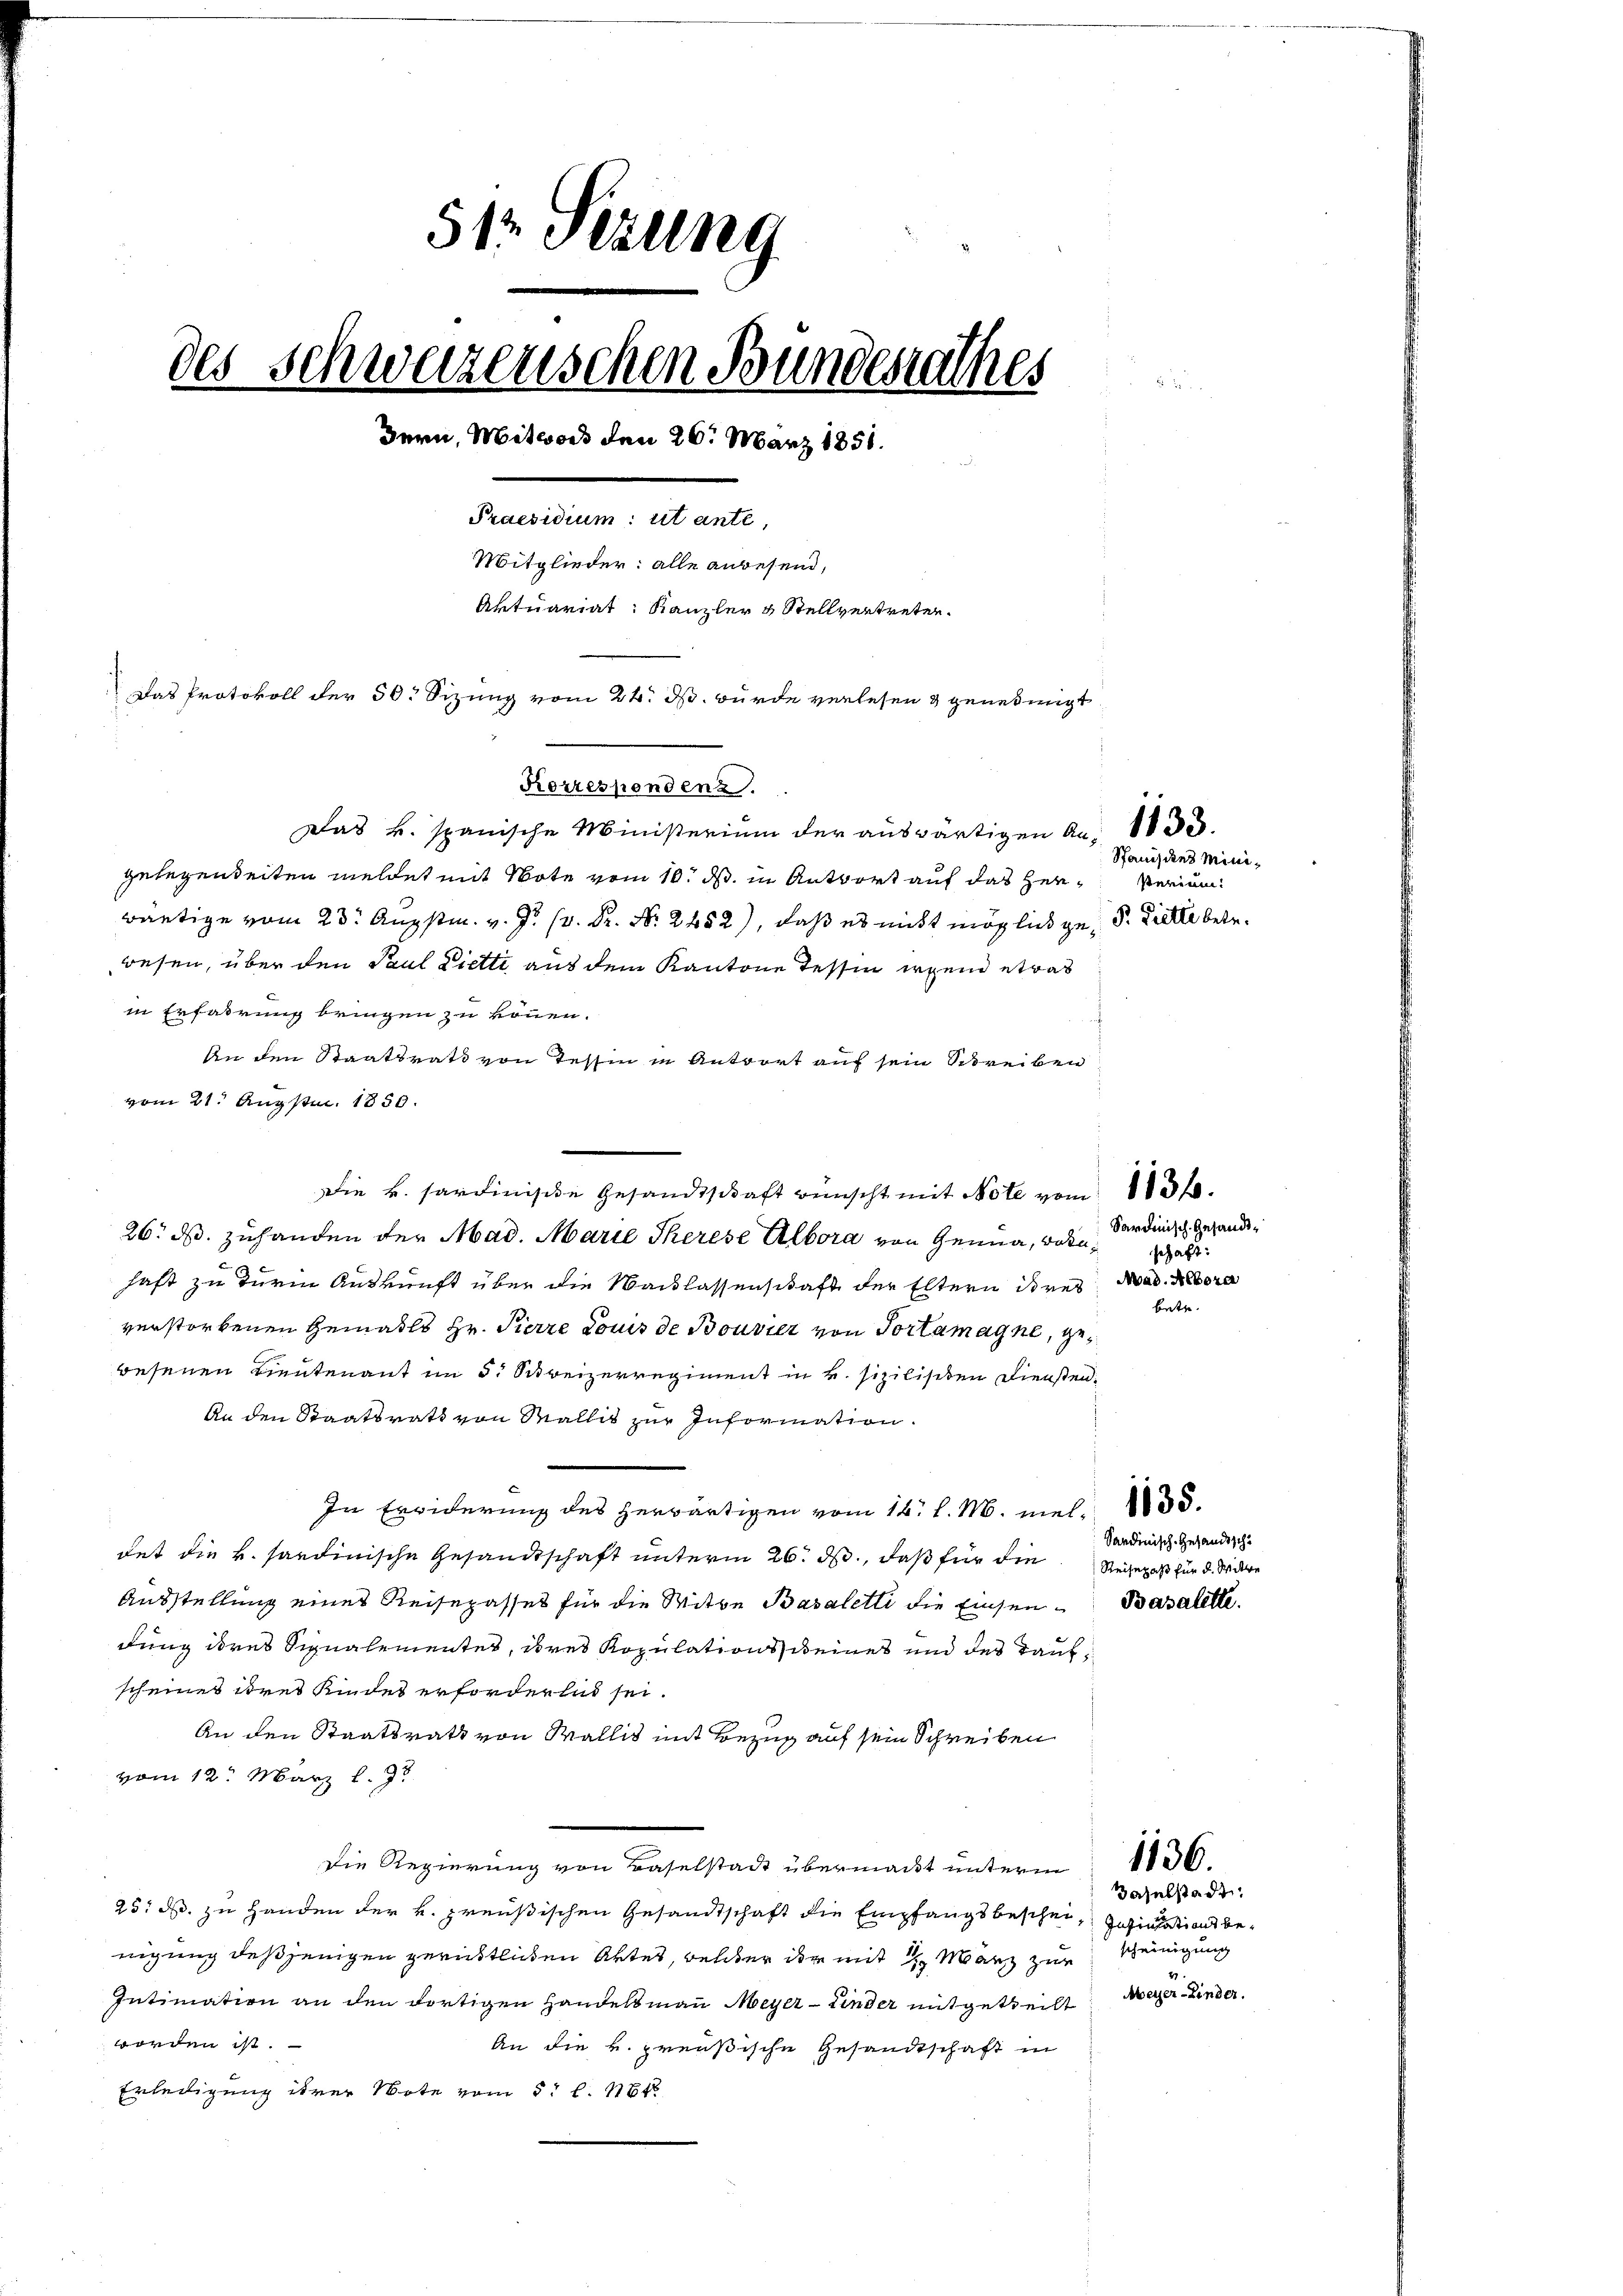
512 Sezung
des Schweizenschen Bundesrathes
Bern, Mitwoch den 26. März 1858.
Praesidium: ut ante,
Mitglieder: alle anwesend,
Aktuariat: Kanzler & Stellvertreten.
Das Protokoll der 50. Sizung vom 24. ds. wurde verlesen & genehmigt

Das k. spanische Ministerium der auswärtigen An- 1833.
gelegenheiten meldet mit Note vom 10. ds. in Antwort auf das Hersterium
wärtige vom 23. Augstm. v. J. H. Dr. N. 2482), daß es nicht möglich ges. Dielle betr.
wesen, über den Paul Pietti aus dem Kantone Tessin irgend etwas
in Erfahrung bringen zu können.
An den Staatsrath von Tessin in Antwort auf sein Schreiben
vom 21. Augstm. 1850.
Die k. Sardinische Gesandtschaft wünscht mit Note vom 1831.
26. ds. zuhanden der Mad. Marie Therese Albora von Genua, vorahaft zu der Auskunft über die Backlassenschaft der Eltern ihres Mad. Mora
verstorbenen Gemahls Hr. Pierre Louis de Bouvier von Portamagne, gewesenen Lieutenant im 3. Schweizerregiment in u. sizilischen Diensten¬
An den Staatsrath von Wallis zur Information.
In Erwiderung des herwärtigen vom 16. d. M. viel 155.
det die k. hardinische Gesandtschaft unterm 26. ds., daß für die
Ausstellung eines Reisepasses für die Mitte Basaletti die Einsen-Basalitidung deres Signalementes, ires Kopulations keines und des Taufscheines dres Kindes erforderlid sei.
An den Staatsrath von Wallis mit Bezug auf sein Schreiben
vom 12. März l. J
Die Regierung von Baselstadt übermacht unterm
25. ds. zu Handen der v. preußischen Gesandtschaft die Empfangsbeschei- Insinsations benigung desjenigen gerichtlichen Aktes, welcher der mit 1. März zur
Intimation an den dortigen Handelsmann Meyer-Linder mitgeteilt
worden ist.
An die k. preußische Gesandtschaft in
Erledigung ihrer Note vom 5t l. 164

Korrespondenz.

Spanisies Mini¬

Sardinisch Gesandtschaft:

betr.

Sardinisch. Gesandtsch
Reisepaß für d. Wille

1136.

aselstadt
scheinigung
.
Aeger-Kinder.